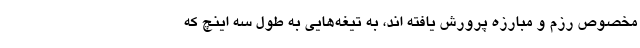
مخصوص رزم و مبارزه پرورش یافته اند، به تیغه‌هایی به طول سه اینچ که